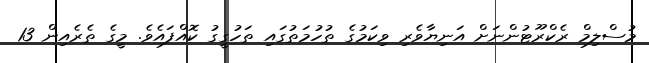
މުސްލިމް ރެކްރޫޓުންނަށް އަނިޔާވެރި ވިކަމުގެ ތުހުމަތުގައި ތަހުގީގު ކޮއްފައެވެ. މީގެ ތެރެއިން 13